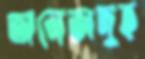
অনেজদুহ